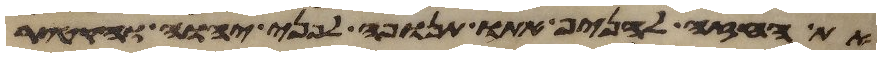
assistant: את החזה להניף אתו תנופה לפני יהוה והקטיר